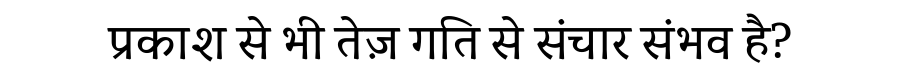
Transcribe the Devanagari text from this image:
प्रकाश से भी तेज़ गति से संचार संभव है?